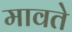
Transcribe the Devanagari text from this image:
मावते